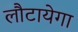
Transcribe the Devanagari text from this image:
लौटायेगा